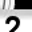
Digit: 2